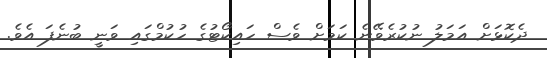
ދެކޮޅަށް އަމަލު ނުކުރެވޭނެ ކަމަށް ވެސް ހައިކޯޓުގެ ހުކުމްގައި ވަނީ ބުނެފަ އެވެ.